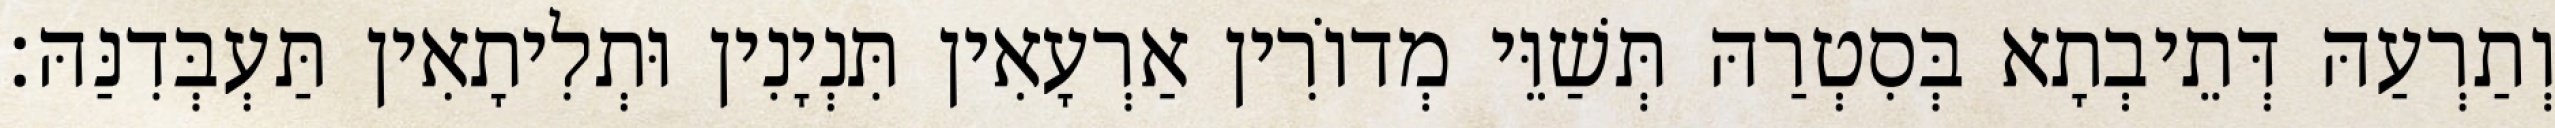
וְתַרְעַהּ דְּתֵיבְתָא בְּסִטְרַהּ תְּשַׁוֵּי מְדוֹרִין אַרְעָאִין תִּנְיָנִין וּתְלִיתָאִין תַּעְבְּדִנַּהּ׃